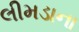
લીમડાના